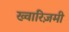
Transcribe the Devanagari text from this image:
ख्वारिज़मी